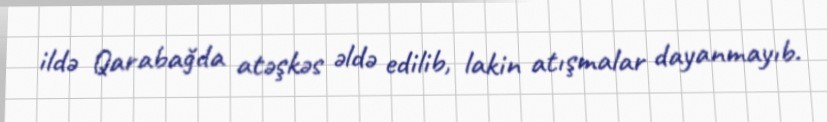
ildə Qarabağda atəşkəs əldə edilib, lakin atışmalar dayanmayıb.